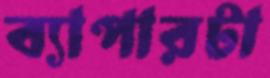
ব্যাপারটা